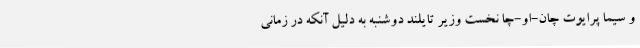
و سیما پرایوت چان-او-چا نخست وزیر تایلند دوشنبه به دلیل آنکه در زمانی